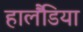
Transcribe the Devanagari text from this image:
हालैंडिया